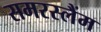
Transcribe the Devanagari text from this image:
समरस्लैंम